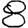
Digit: 8